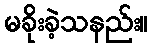
မခိုးခဲ့သနည်း။